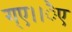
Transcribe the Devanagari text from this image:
ग्ए।।ैए